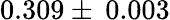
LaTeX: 0.309\pm\: 0.003